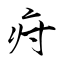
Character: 疛